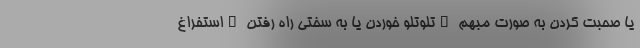
یا صحبت کردن به صورت مبهم _تلوتلو خوردن یا به سختی راه رفتن _استفراغ